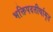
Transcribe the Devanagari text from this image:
भक्तिपदतीर्थामृत